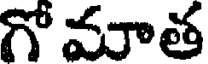
గో మాత